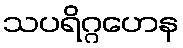
သပရိဂ္ဂဟေန